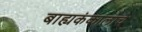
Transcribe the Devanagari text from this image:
बाह्यकंकालाचे